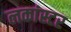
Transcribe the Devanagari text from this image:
लकांस्टर